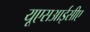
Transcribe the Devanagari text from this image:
यूएसआईसीए